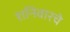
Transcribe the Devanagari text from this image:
शनिवारचे